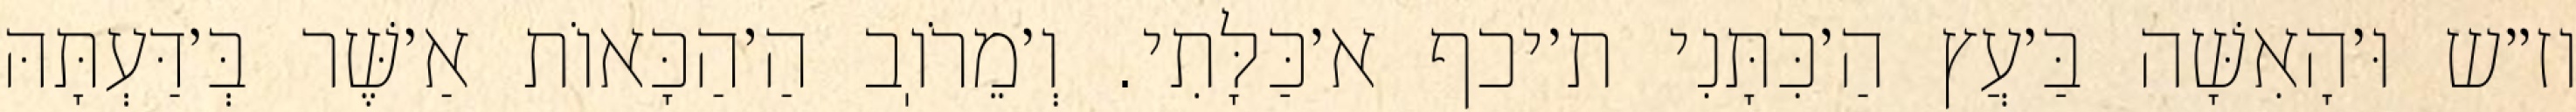
וז״ש וּ׳הָאִשָּׁה בַּ׳עֲץ הַ׳כִּתָּנִי ת׳יכף א׳כַּלָּתִי. וְ׳מֵרֹוֽב הַ׳הַכָּאוֹת אַ׳שֶּׁר בְּ׳דַּעְתָּהּ